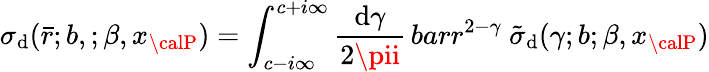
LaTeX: \sigma_{\mathrm{d}}(\bar{{r}};b,;\beta,x_{\calP})=\int_{c-i\infty}^{c+i\infty}\frac{{\mathrm{d}\gamma}}{{2\pii}}\, bar{r}^{2-\gamma}\ \tilde{{\sigma}}_{\mathrm{d}}(\gamma;b;\beta,x_{\calP})